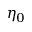
\eta _ { 0 }